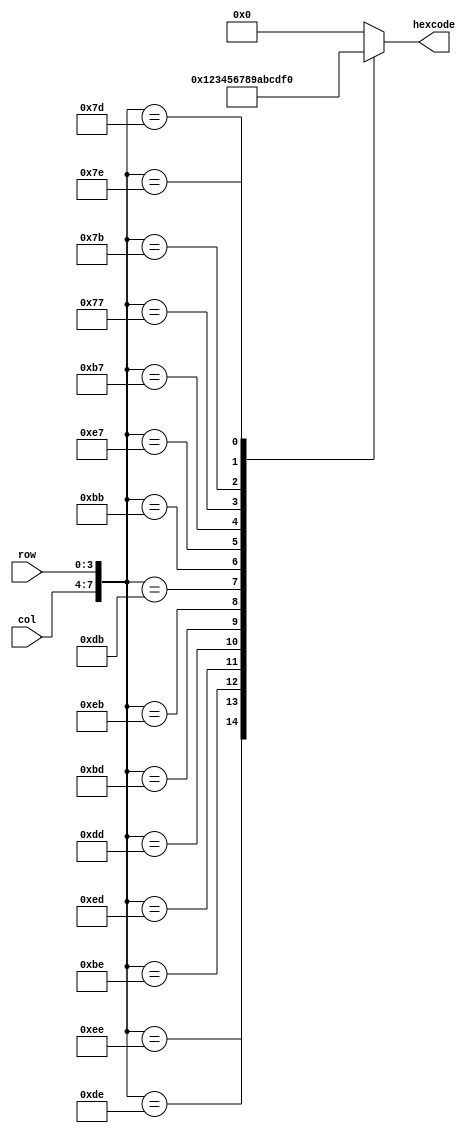
module keypadtohex(
							input [3:0] col,
							input [3:0] row,
						output reg [3:0] hexcode);
						
//Module that takes COL, ROW arguments from a keypad and returns hex value of key face for DE2 keypad
//combinatorial
wire [7:0] keystroke = {col, row};

always @(keystroke)
begin
	case (keystroke)
	8'b11010111 : hexcode <= 0;  //0
	8'b11101110 : hexcode <= 1;  //1
	8'b11011110 : hexcode <= 2;  //2
	8'b10111110 : hexcode <= 3;  //3
	8'b11101101 : hexcode <= 4;  //4
	8'b11011101 : hexcode <= 5;  //5
	8'b10111101 : hexcode <= 6;  //6
	8'b11101011 : hexcode <= 7;  //7
	8'b11011011 : hexcode <= 8;  //8
	8'b10111011 : hexcode <= 9;  //9
	8'b11100111 : hexcode <= 10; //A
	8'b10110111 : hexcode <= 11; //B
	8'b01110111 : hexcode <= 12; //C
	8'b01111011 : hexcode <= 13; //D
	8'b01111101 : hexcode <= 14; //E
	8'b01111110 : hexcode <= 15; //F
	default: hexcode <= 0; //default 0
	endcase
end

endmodule